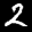
Label: 2